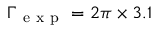
\Gamma _ { \mathrm { ~ e ~ x ~ p ~ } } = 2 \pi \times 3 . 1